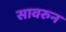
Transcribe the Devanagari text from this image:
सावरुन